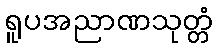
ရူပအညာဏသုတ္တံ